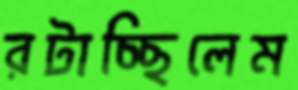
রটাচ্ছিলেম